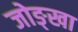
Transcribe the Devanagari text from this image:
जोङ्खा